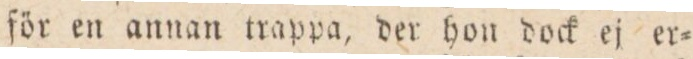
för en annan trappa, der hon dock ej er=